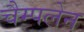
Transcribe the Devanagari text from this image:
चैम्पलेन